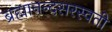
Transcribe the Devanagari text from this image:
ब्रह्मानन्दसरस्वती